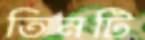
তিনটি